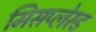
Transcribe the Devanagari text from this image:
मिसप्लेस्ड